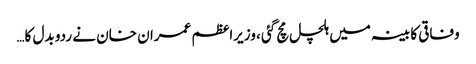
وفاقی کابینہ میں ہلچل مچ گئی ، وزیراعظم عمران خان نے ردو بدل کا…